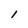
Character: 1